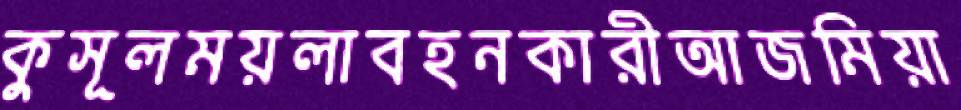
কুসূলময়লাবহনকারীআজমিয়া